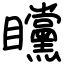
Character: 矘